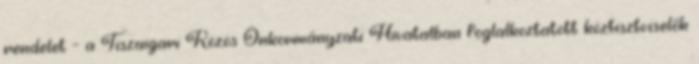
rendelet – a Tiszaigari Közös Önkormányzati Hivatalban foglalkoztatott köztisztviselők